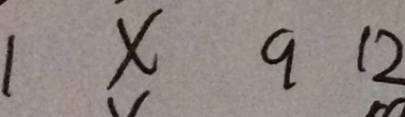
1 x 9 1 2